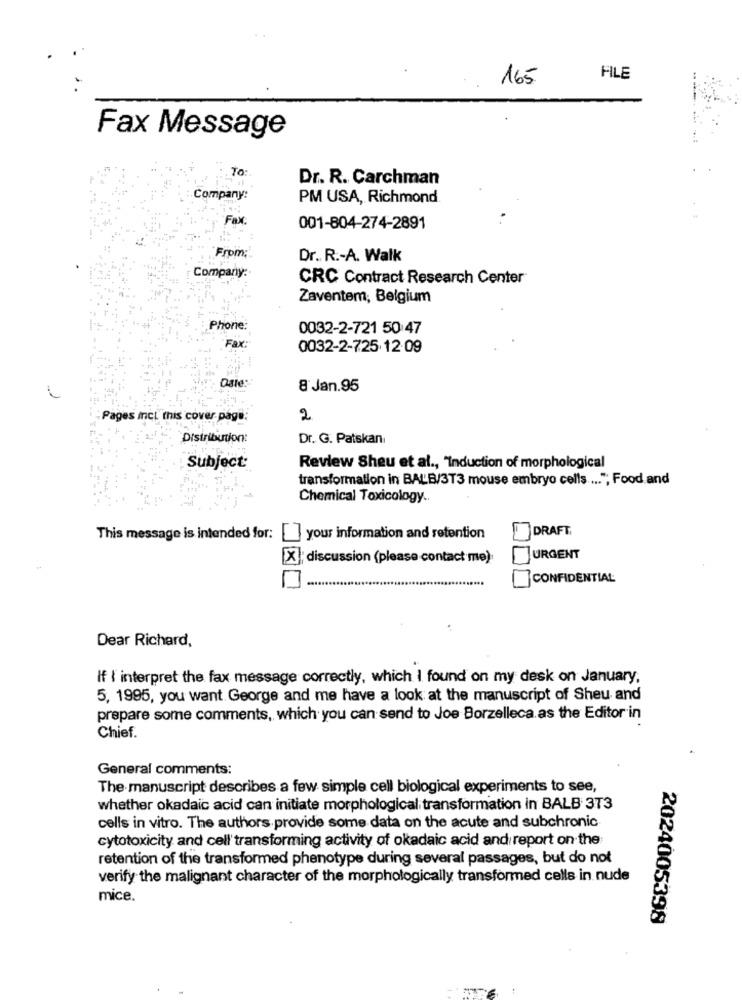
165
FILE
Fax Message
70:
Dr. R. Carchman
Company:
PM USA, Richmond
Fax:
001-804-274-2891
From:
Dr. R .- A. Walk
Company:
CRC Contract Research Center
Zaventem, Belgium
Phone:
0032-2-721 50 47
Fax
0032-2-725.12.09
Date:
8 Jan.95
Pages incl this cover page
2
Distribution:
Dr. G. Patskan
Subject:
Review Sheu et al ., "Induction of morphological
transformation in BALB/3T3 mouse embryo cells .... "; Food and
Chemical Toxicology ..
DRAFT,
This message is intended for:
your information and retention
X]; discussion (please contact me):
URGENT
CONFIDENTIAL
Dear Richard,
If I interpret the fax message correctly, which I found on my desk on January,
5, 1995, you want George and me have a look at the manuscript of Sheu and
prepare some comments, which you can send to Joe Borzelleca as the Editor in
Chief.
General comments:
The manuscript describes a few simple cell biological experiments to see,
whether okadaic acid can initiate morphological transformation in BALB 3T3
cells in vitro. The authors provide some data on the acute and subchronic
cytotoxicity and cell' transforming activity of okadaic acid and report on the
retention of the transformed phenotype during several passages, but do not
verify the malignant character of the morphologically transformed cells in nude
mice.
2024005398